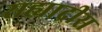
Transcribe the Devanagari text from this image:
सह्याद्रीस